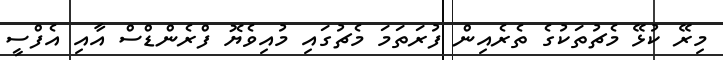
މިރޭ ކުޅޭ މެޗުތަކުގެ ތެރެއިން ފުރަތަމަ މެޗުގައި މުއިވެޔޮ ފްރެންޑްސް އާއި އެފްސީ